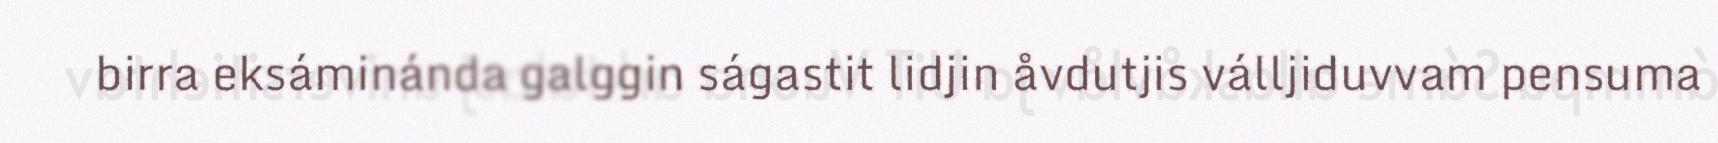
birra eksáminánda galggin ságastit lidjin åvdutjis válljiduvvam pensuma